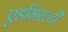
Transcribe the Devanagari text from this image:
एडमिरल्‍टी